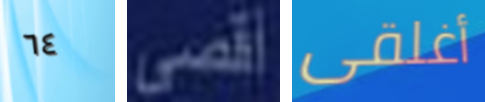
٦٤ أقصى أغلقى